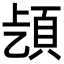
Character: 𩑨